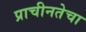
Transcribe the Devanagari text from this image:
प्राचीनतेचा